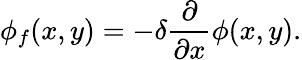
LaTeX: \phi_{f}(x,y)=-\delta\frac{\partial}{\partial x}\phi(x,y).